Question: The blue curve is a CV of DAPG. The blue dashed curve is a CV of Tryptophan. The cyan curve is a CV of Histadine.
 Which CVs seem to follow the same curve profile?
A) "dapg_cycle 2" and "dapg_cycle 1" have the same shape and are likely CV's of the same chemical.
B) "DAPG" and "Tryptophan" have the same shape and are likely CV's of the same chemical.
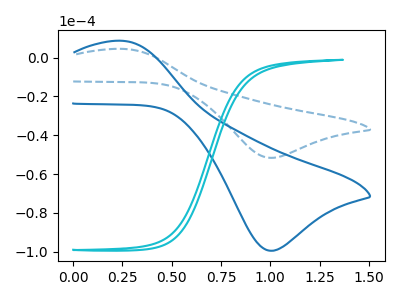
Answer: <think>The blue curve "DAPG" has an anodic peak at (0.25V, 8.65uA) and a cathodic peak at (1.00V, -99.50uA). The blue dashed curve "Tryptophan" has an anodic peak at (0.25V, 4.50uA) and a cathodic peak at (1.00V, -51.65uA). The cyan curve "Histadine" has no peaks.
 All the peaks in "DAPG" have a peak in "Tryptophan" at the same potential. Every peak in "DAPG" is higher than every peak in "Tryptophan". "DAPG" and "Histadine" have a different number of peaks. "Tryptophan" and "Histadine" have a different number of peaks.</think>
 <answer>B) "DAPG" and "Tryptophan" have the same shape and are likely CV's of the same chemical.</answer>
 <eval>B</eval>